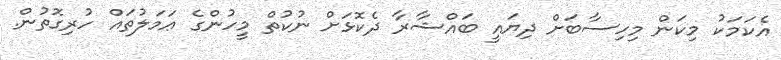
އެކަމަކު މިކަން މިހިސާބަށް ދިޔައީ ބައްޝާރާ ދެކޮޅަށް ނުކުތް މީހުންގެ ޢަމަލުތައް ހުރިގޮތުން.